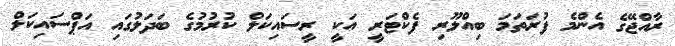
ރާއްޖޭގެ އެންމެ ފުރަތަމަ ބިއްލޫރި ފެކްޓަރީ އަކީ ރީސައިކަލް ކުރުމުގެ ބަދަލުގައި އަޕްސައިކަލް